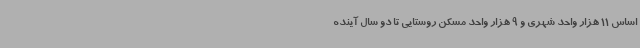
اساس 11 هزار واحد شهری و 9 هزار واحد مسکن روستایی تا دو سال آینده